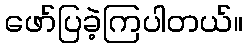
ဖော်ပြခဲ့ကြပါတယ်။